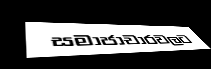
සමාජාචාරවලට